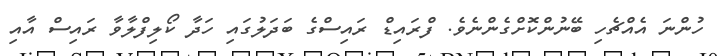
ހުންނަ އެއްޗެހި ބޭނުންކޮށްގެންނެވެ. ފްރައިޑް ރައިސްގެ ބަދަލުގައި ހަދާ ކޯލިފްލާވާ ރައިސް އާއި